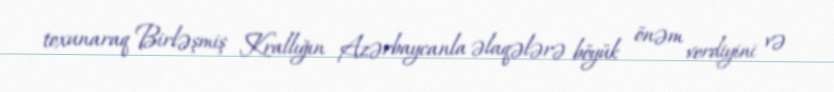
toxunaraq Birləşmiş Krallığın Azərbaycanla əlaqələrə böyük önəm verdiyini və